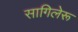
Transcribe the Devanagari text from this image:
सागिलेरू